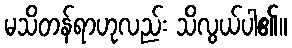
မသိတန်ရာဟုလည်း သိလွယ်ပါ၏။